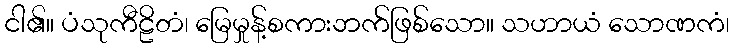
ငါ၏။ ပံသုကီဠိတံ၊ မြေမှုန့်စကားဘက်ဖြစ်သော။ သဟာယံ သောဏကံ၊